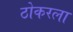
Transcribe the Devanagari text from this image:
ठोकरला